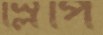
স্লিপি